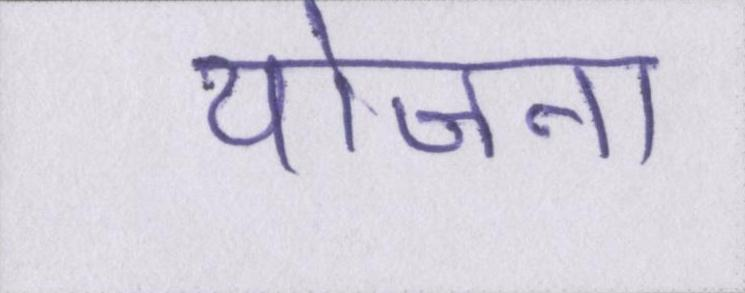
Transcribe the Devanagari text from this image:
योजना